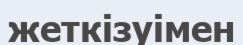
жеткізуімен